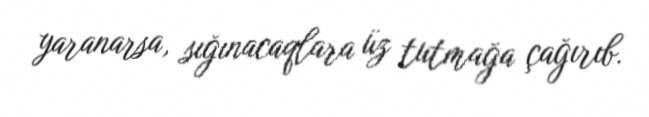
yaranarsa, sığınacaqlara üz tutmağa çağırıb.